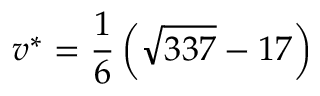
v ^ { * } = \frac { 1 } { 6 } \left( \sqrt { 3 3 7 } - 1 7 \right)